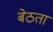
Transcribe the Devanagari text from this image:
बेठता